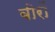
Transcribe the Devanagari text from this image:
बीरों